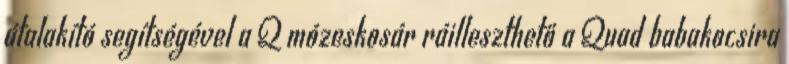
átalakító segítségével a Q mózeskosár ráilleszthető a Quad babakocsira